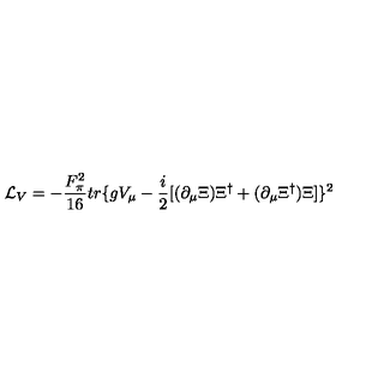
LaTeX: { \cal { L } } _ { V } = - \frac { F _ { \pi } ^ { 2 } } { 1 6 } t r \{ g V _ { \mu } - \frac { i } { 2 } [ ( \partial _ { \mu } \Xi ) \Xi ^ { \dag } + ( \partial _ { \mu } \Xi ^ { \dag } ) \Xi ] \} ^ { 2 }